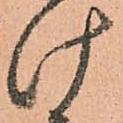
け